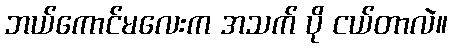
ဘယ်ကောင်မလေးက အသက် ပို ငယ်တာလဲ။